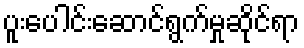
ပူးပေါင်းဆောင်ရွက်မှုဆိုင်ရာ